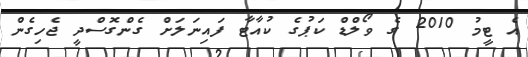
އެ ޓީމު 2010 ގެ ވޯލްޑް ކަޕުގެ ކުއާޓާ ފައިނަލަށް ގެންގޮސްދީ ޖެހިގެން